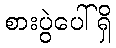
စားပွဲပေါ်ရှိ